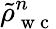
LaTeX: \tilde{\rho}_{\mathrm{~w~c~}}^{n}